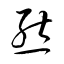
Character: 態